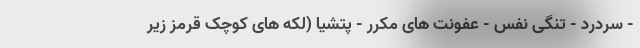
- سردرد - تنگی نفس - عفونت های مکرر - پتشیا (لکه های کوچک قرمز زیر